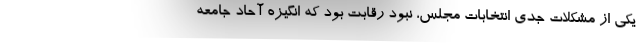
یکی از مشکلات جدی انتخابات مجلس، نبود رقابت بود که انگیزه آحاد جامعه